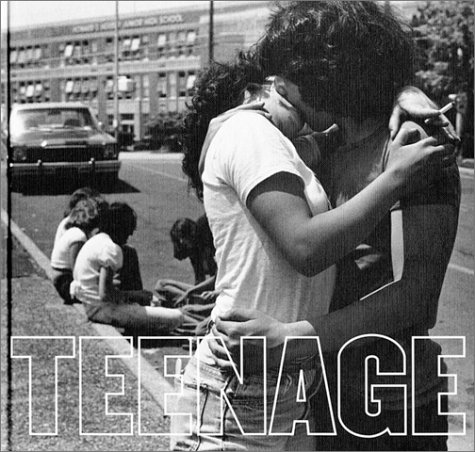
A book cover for Joseph Szabo: Teenage; Arts & Photography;